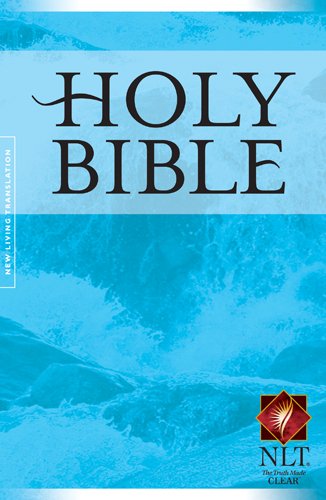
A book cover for Holy Bible: New Living Translation; Christian Books & Bibles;